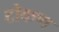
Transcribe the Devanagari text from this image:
टोकण